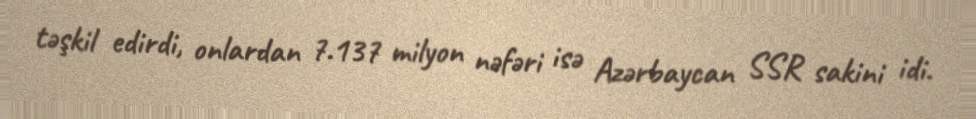
təşkil edirdi, onlardan 7.137 milyon nəfəri isə Azərbaycan SSR sakini idi.